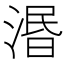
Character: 湣